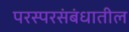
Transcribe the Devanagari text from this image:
परस्परसंबंधातील